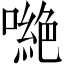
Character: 𠾼